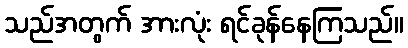
သည်အတွက် အားလုံး ရင်ခုန်နေကြသည်။